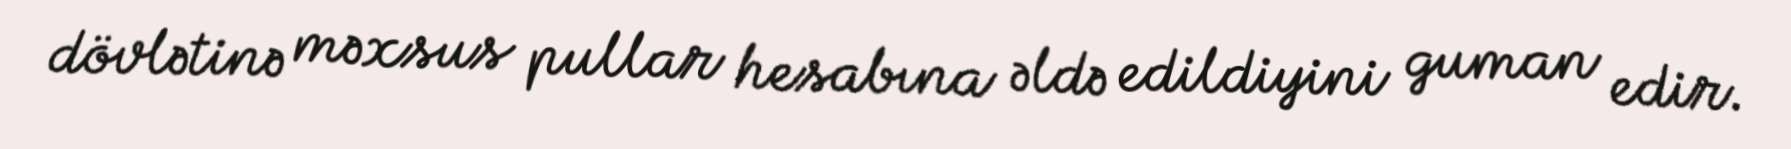
dövlətinə məxsus pullar hesabına əldə edildiyini guman edir.